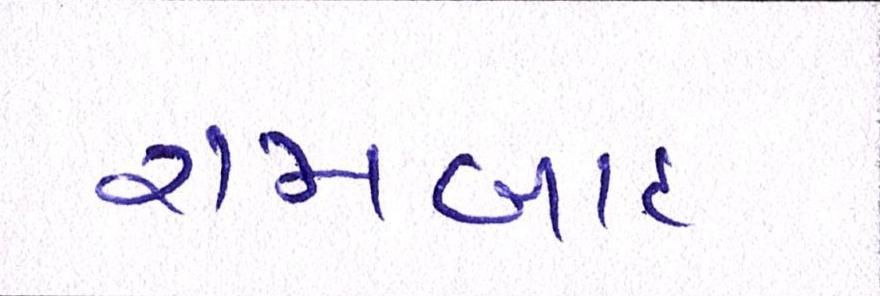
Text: રામબાદ